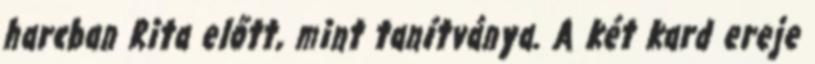
harcban Rita előtt, mint tanítványa. A két kard ereje